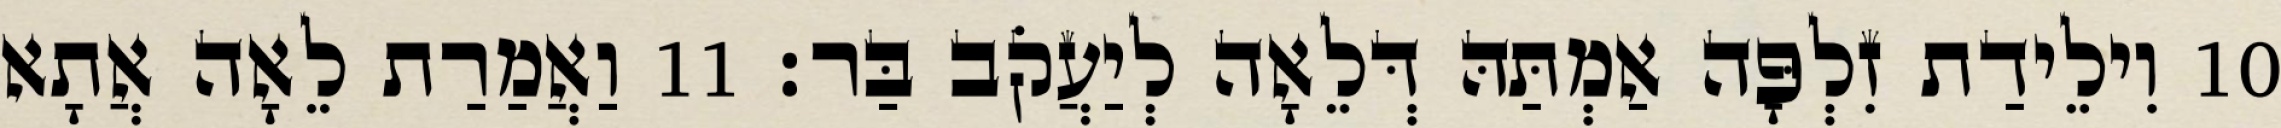
10 וִילֵידַת זִלְפָּה אַמְתַּהּ דְּלֵאָה לְיַעֲקֹב בַּר׃ 11 וַאֲמַרַת לֵאָה אֲתָא